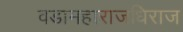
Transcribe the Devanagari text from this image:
वडामहाराजधिराज